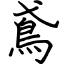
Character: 鳶